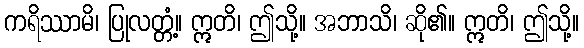
ကရိဿာမိ၊ ပြုလတ္တံ့။ ဣတိ၊ ဤသို့။ အဘာသိ၊ ဆို၏။ ဣတိ၊ ဤသို့။